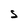
Character: S